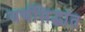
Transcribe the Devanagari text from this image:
वर्णसिद्धांत